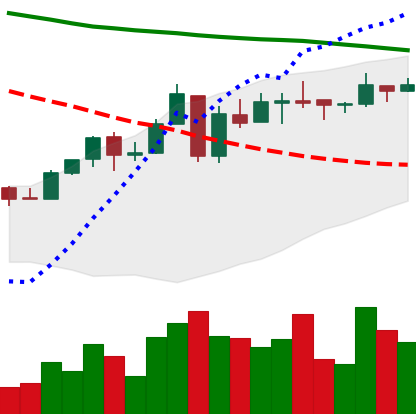
Ticker: ETC-USD
Chart end date: 2018-05-05
Forward return: -13.257%
Label: down_7plus